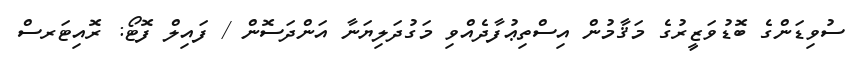
ސުވިޑަންގެ ބޮޑުވަޒީރުގެ މަޤާމުން އިސްތިޢުފާދެއްވި މަގުދަލިޔަނާ އަންދަސޮން / ފައިލް ފޮޓޯ: ރޮއިޓަރސް